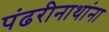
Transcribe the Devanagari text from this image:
पंढरीनाथांना